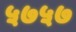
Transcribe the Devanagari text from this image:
५७५७